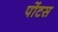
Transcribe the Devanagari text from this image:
पोंटस